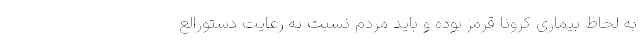
به لحاظ بیماری کرونا قرمز بوده و باید مردم نسبت به رعایت دستورالع